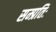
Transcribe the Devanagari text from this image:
सम्प्रतिः